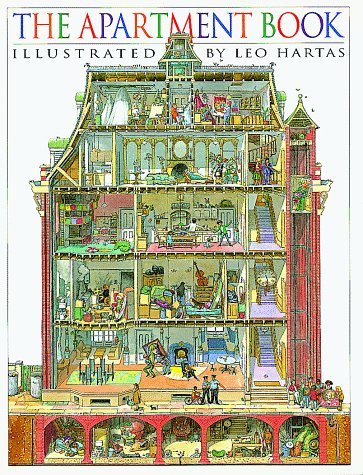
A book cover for Apartment Book; Leo Hartas; Children's Books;